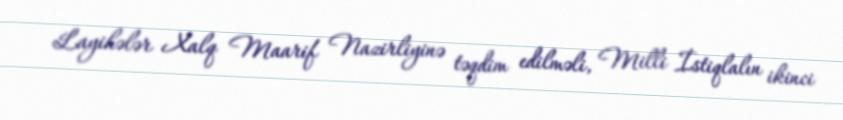
Layihələr Xalq Maarif Nazirliyinə təqdim edilməli, Milli İstiqlalın ikinci